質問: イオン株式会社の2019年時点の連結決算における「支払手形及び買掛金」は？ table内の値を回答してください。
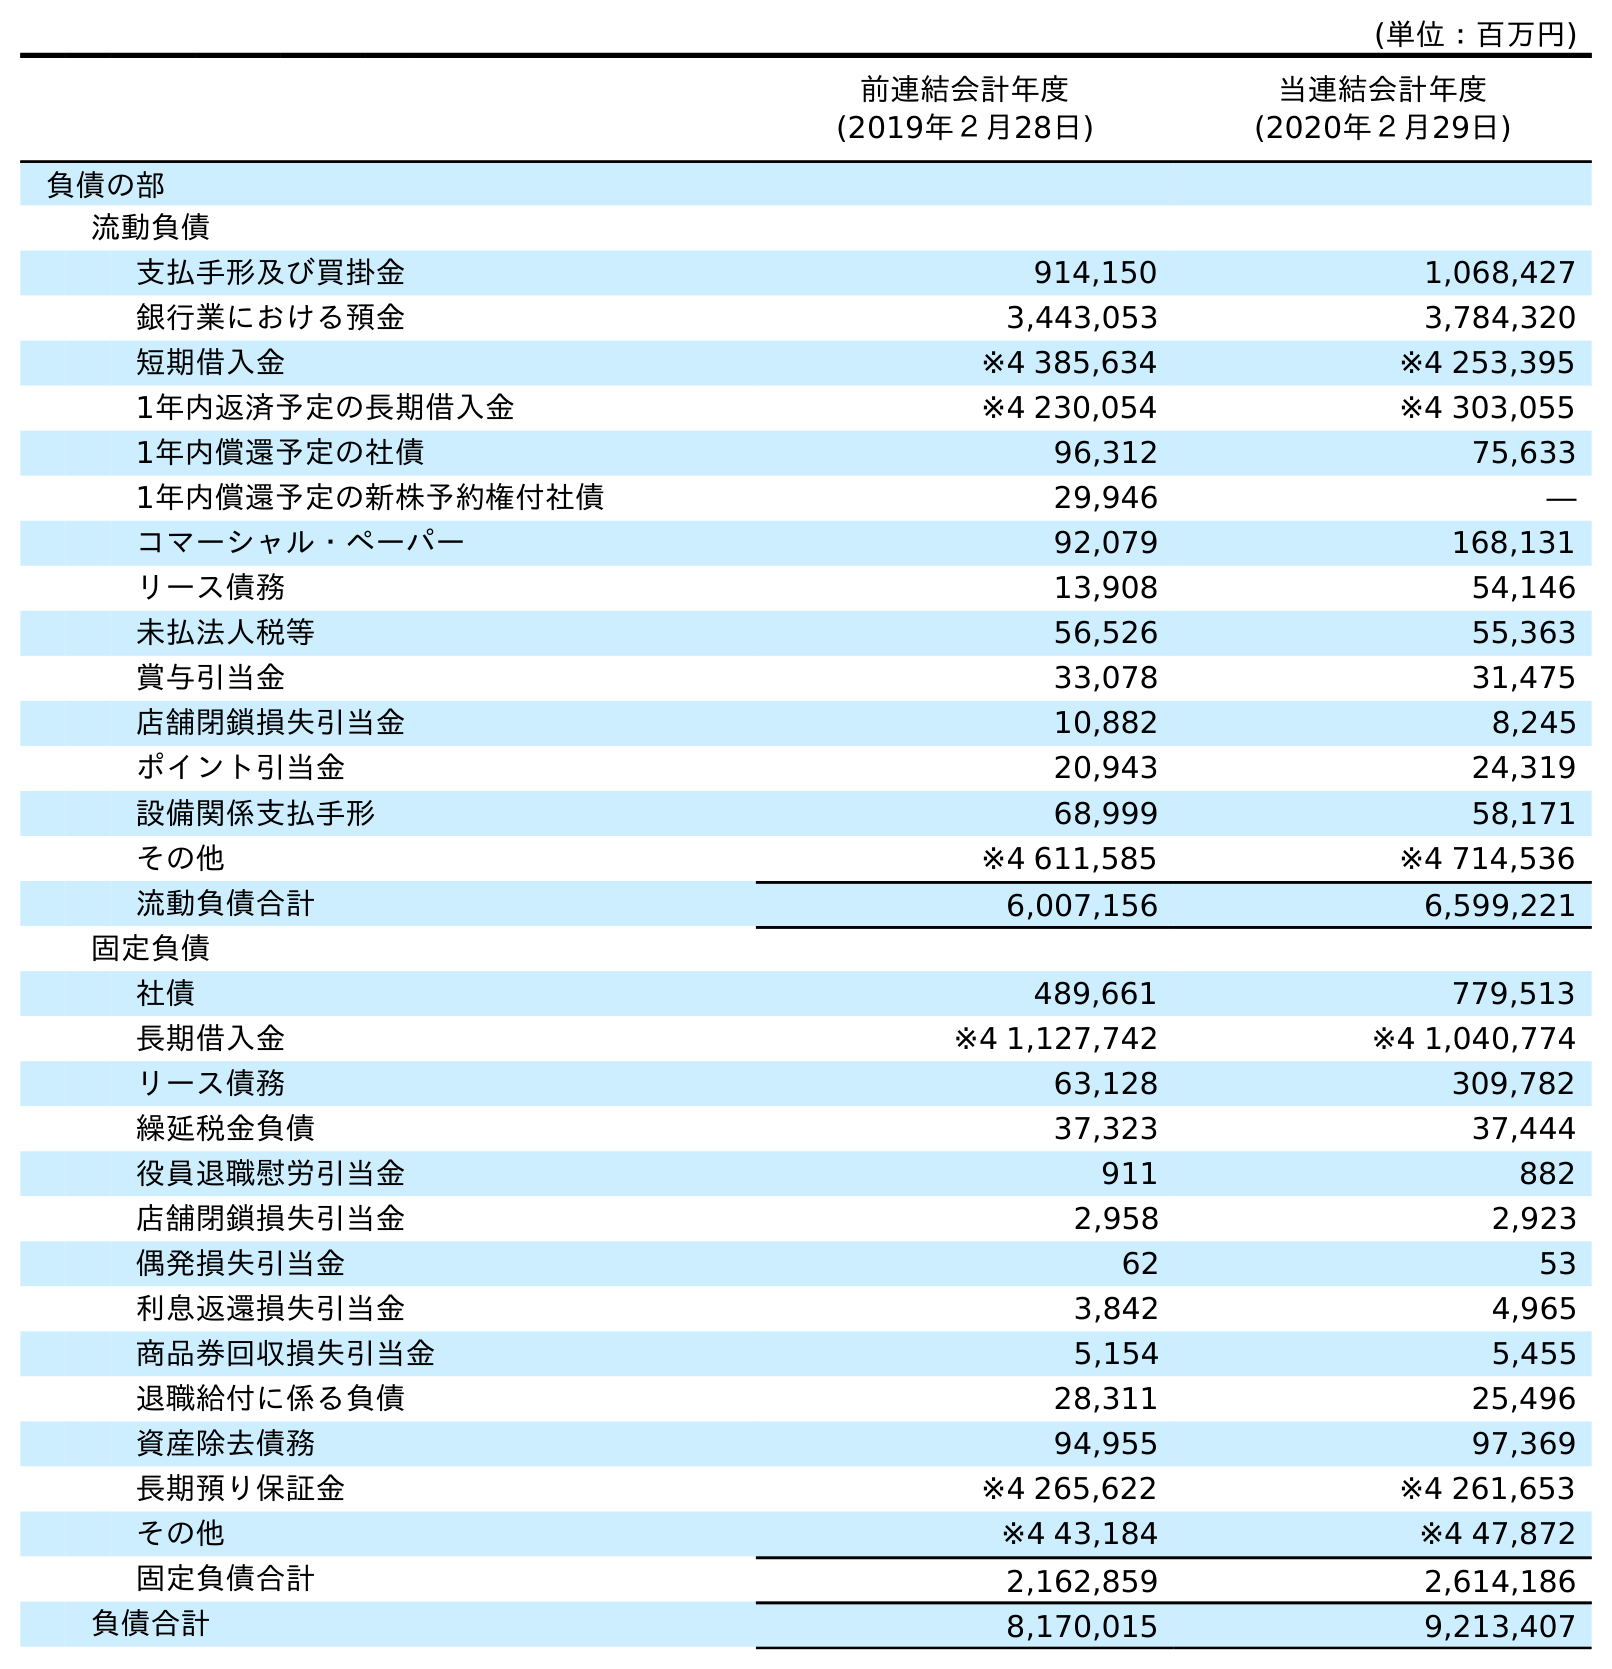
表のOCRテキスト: (単位：百万円) 前連結会計年度 (2019年２月28日) 当連結会計年度 (2020年２月29日) 負債の部 流動負債 支払手形及び買掛金 914,150 1,068,427 銀行業における預金 3,443,053 3,784,320 短期借入金 ※4 385,634 ※4 253,395 1年内返済予定の長期借入金 ※4 230,054 ※4 303,055 1年内償還予定の社債 96,312 75,633 1年内償還予定の新株予約権付社債 29,946 ― コマーシャル・ペーパー 92,079 168,131 リース債務 13,908 54,146 未払法人税等 56,526 55,363 賞与引当金 33,078 31,475 店舗閉鎖損失引当金 10,882 8,245 ポイント引当金 20,943 24,319 設備関係支払手形 68,999 58,171 その他 ※4 611,585 ※4 714,536 流動負債合計 6,007,156 6,599,221 固定負債 社債 489,661 779,513 長期借入金 ※4 1,127,742 ※4 1,040,774 リース債務 63,128 309,782 繰延税金負債 37,323 37,444 役員退職慰労引当金 911 882 店舗閉鎖損失引当金 2,958 2,923 偶発損失引当金 62 53 利息返還損失引当金 3,842 4,965 商品券回収損失引当金 5,154 5,455 退職給付に係る負債 28,311 25,496 資産除去債務 94,955 97,369 長期預り保証金 ※4 265,622 ※4 261,653 その他 ※4 43,184 ※4 47,872 固定負債合計 2,162,859 2,614,186 負債合計 8,170,015 9,213,407
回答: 914,150